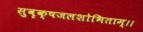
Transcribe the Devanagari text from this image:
सुवृक्षजलशोभिताम्।।